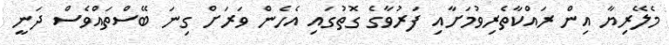
މެލޭރިޔާ އިން ރައްކާތެރިވުމަށާއި ފަރުވާގެ ގޮތުގައި އެހެން ވަރަށް ގިނަ ބޭސްތައްވެސް ދަނީ